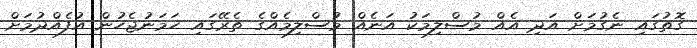
ގޮތުގައި ނެގުމަށް އަދި އެއް މުސްލިމަކު އަނެއް މުސްލިމެއްގެ ތެރޭގައި ހަމަނުޖެހުން އުފެއްދުމަށް